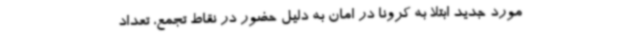
مورد جدید ابتلا به کرونا در امان به دلیل حضور در نقاط تجمع، تعداد